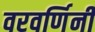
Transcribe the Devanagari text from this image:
वरवर्णिनी